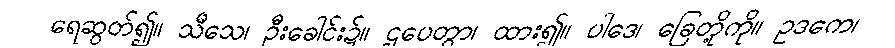
ရေဆွတ်၍။ သီသေ၊ ဦးခေါင်း၌။ ဌပေတွာ၊ ထား၍။ ပါဒေ၊ ခြေတို့ကို။ ဥဒကေ၊